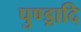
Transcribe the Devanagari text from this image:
पुण्ड्रादि